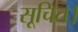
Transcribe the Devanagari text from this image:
सूचित।